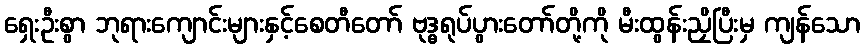
ရှေးဦးစွာ ဘုရားကျောင်းများနှင့်စေတီတော် ဗုဒ္ဓရုပ်ပွားတော်တို့ကို မီးထွန်းညှိပြီးမှ ကျန်သော